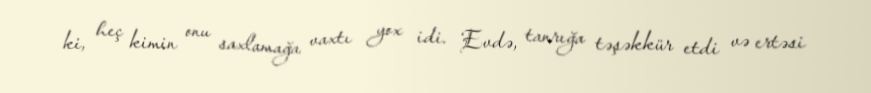
ki, heç kimin onu saxlamağa vaxtı yox idi. Evdə, tanrığa təşəkkür etdi və ertəsi